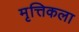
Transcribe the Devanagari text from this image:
मृत्तिकला